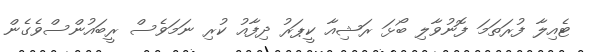
ޓެއިލާ ފުރަތަމަ ފޮނުވާލި ބޯޅަ ރަޝިއާ ކީޕަރު ދިފާއު ކުރި ނަމަވެސް ރީބައުންސްވެގެން